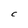
Character: C